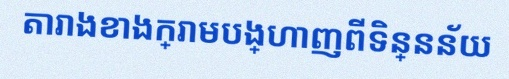
តារាងខាងក្រោមបង្ហាញពីទិន្នន័យ